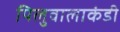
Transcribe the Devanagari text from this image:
पिलुवालाकंडी